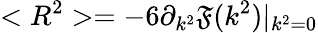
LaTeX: <R^{2}>=-6\partial_{k^{2}}\mathfrak{F}(k^{2})|_{k^{2}=0}